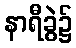
နာရီခွဲ၌